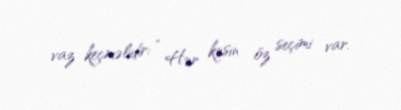
vaz keçməlidir: “ Hər kəsin öz seçimi var.